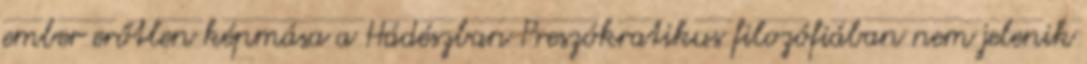
ember erőtlen képmása a Hádészban Preszókratikus filozófiában nem jelenik